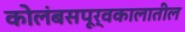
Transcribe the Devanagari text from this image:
कोलंबसपूर्वकालातील